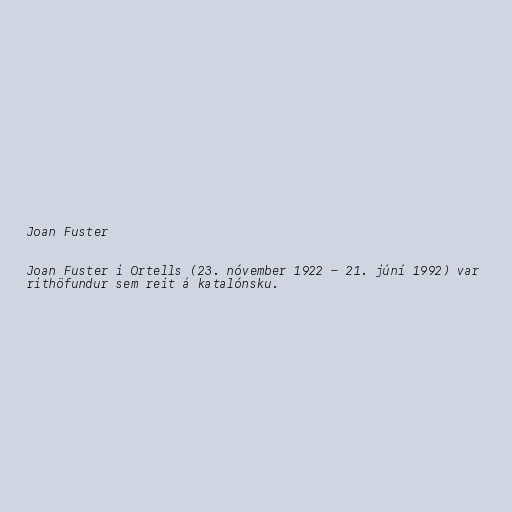
Joan Fuster

Joan Fuster i Ortells (23. nóvember 1922 - 21. júní 1992) var
rithöfundur sem reit á katalónsku.